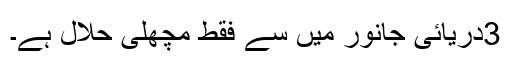
3دریائی جانور میں سے فقط مچھلی حلال ہے۔